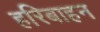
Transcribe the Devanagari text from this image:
हरिबाहन